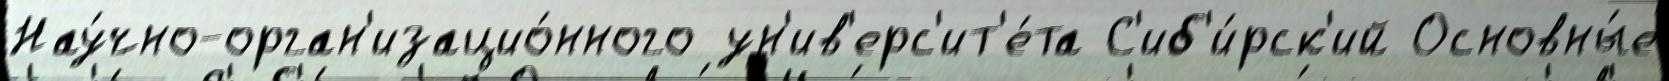
Нау́чно-орган'изацио́нного ун'ив'ерс'ит'е́та С'иб'и́рск'ий Основны́е